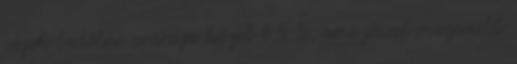
cégek bedőlési aránya közel 4,5 %, ami jóval magasabb